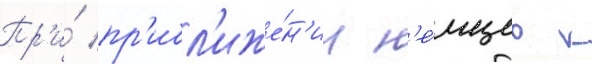
Пр'и́ пр'ибл'иже́н'ии н'е́мцев к